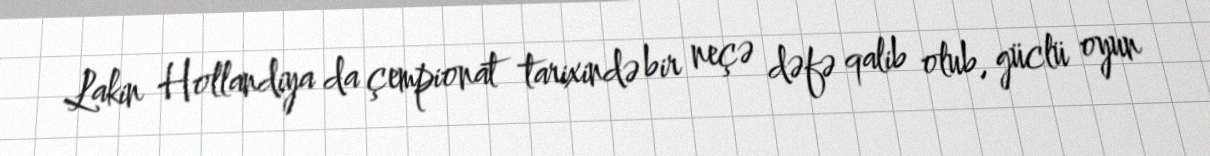
Lakin Hollandiya da çempionat tarixində bir neçə dəfə qalib olub, güclü oyun